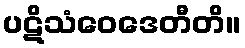
ပဋိသံဝေဒေတီတိ။